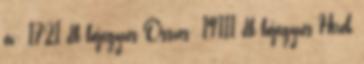
év: 1721 db bejegyzés Összes: 19111 db bejegyzés Hírek